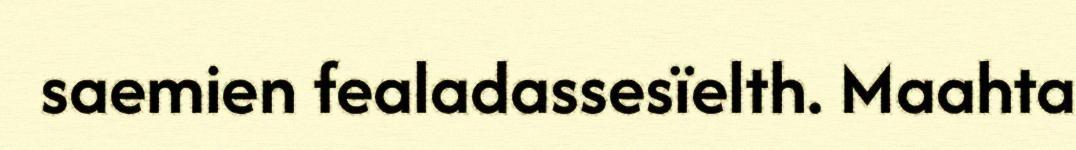
saemien fealadassesïelth. Maahta